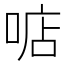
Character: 𠶧